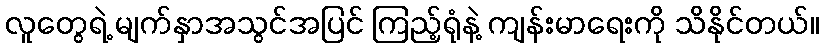
လူတွေရဲ့ မျက်နှာအသွင်အပြင် ကြည့်ရုံနဲ့ ကျန်းမာရေးကို သိနိုင်တယ်။